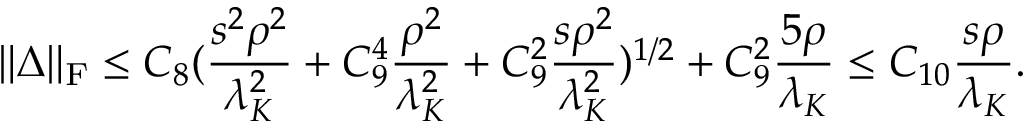
\| \boldsymbol { \Delta } \| _ { \mathrm { F } } \leq C _ { 8 } ( \frac { s ^ { 2 } \rho ^ { 2 } } { \lambda _ { K } ^ { 2 } } + C _ { 9 } ^ { 4 } \frac { \rho ^ { 2 } } { \lambda _ { K } ^ { 2 } } + C _ { 9 } ^ { 2 } \frac { s \rho ^ { 2 } } { \lambda _ { K } ^ { 2 } } ) ^ { 1 / 2 } + C _ { 9 } ^ { 2 } \frac { 5 \rho } { \lambda _ { K } } \leq C _ { 1 0 } \frac { s \rho } { \lambda _ { K } } .